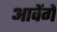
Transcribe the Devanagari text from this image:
आवेंगें